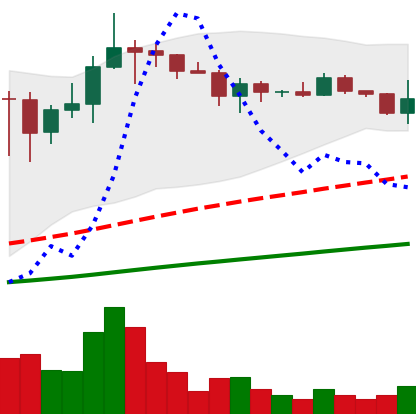
Ticker: ADA-USD
Chart end date: 2021-03-13
Forward return: 12.299%
Label: up_7plus